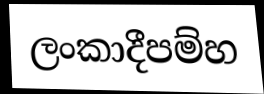
ලංකාදීපම්හ